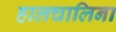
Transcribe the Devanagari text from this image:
हालचालिना